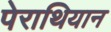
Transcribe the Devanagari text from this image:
पेराथियान